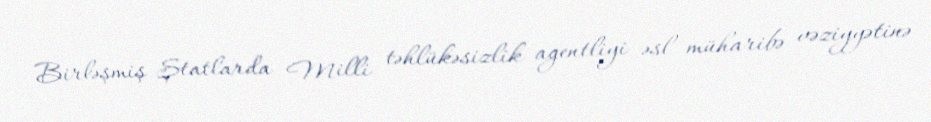
Birləşmiş Ştatlarda Milli təhlükəsizlik agentliyi əsl müharibə vəziyyətinə